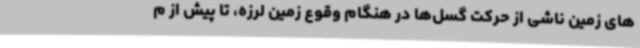
های زمین ناشی از حرکت گسل‌ها در هنگام وقوع زمین لرزه، تا پیش از م